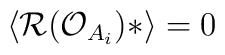
\langle{\cal R}({\cal O}_{A_i})*\rangle = 0